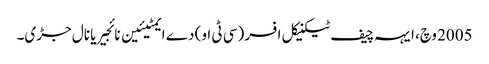
2005 وچ، ایہہ چیف ٹیکنیکل افسر (سی ٹی او) دے ایمٹیئین نائجیریا نال جڑی۔